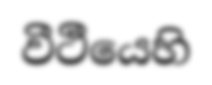
වීථීයෙහි